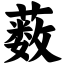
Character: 薮